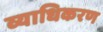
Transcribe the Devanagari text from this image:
व्याधिकरण